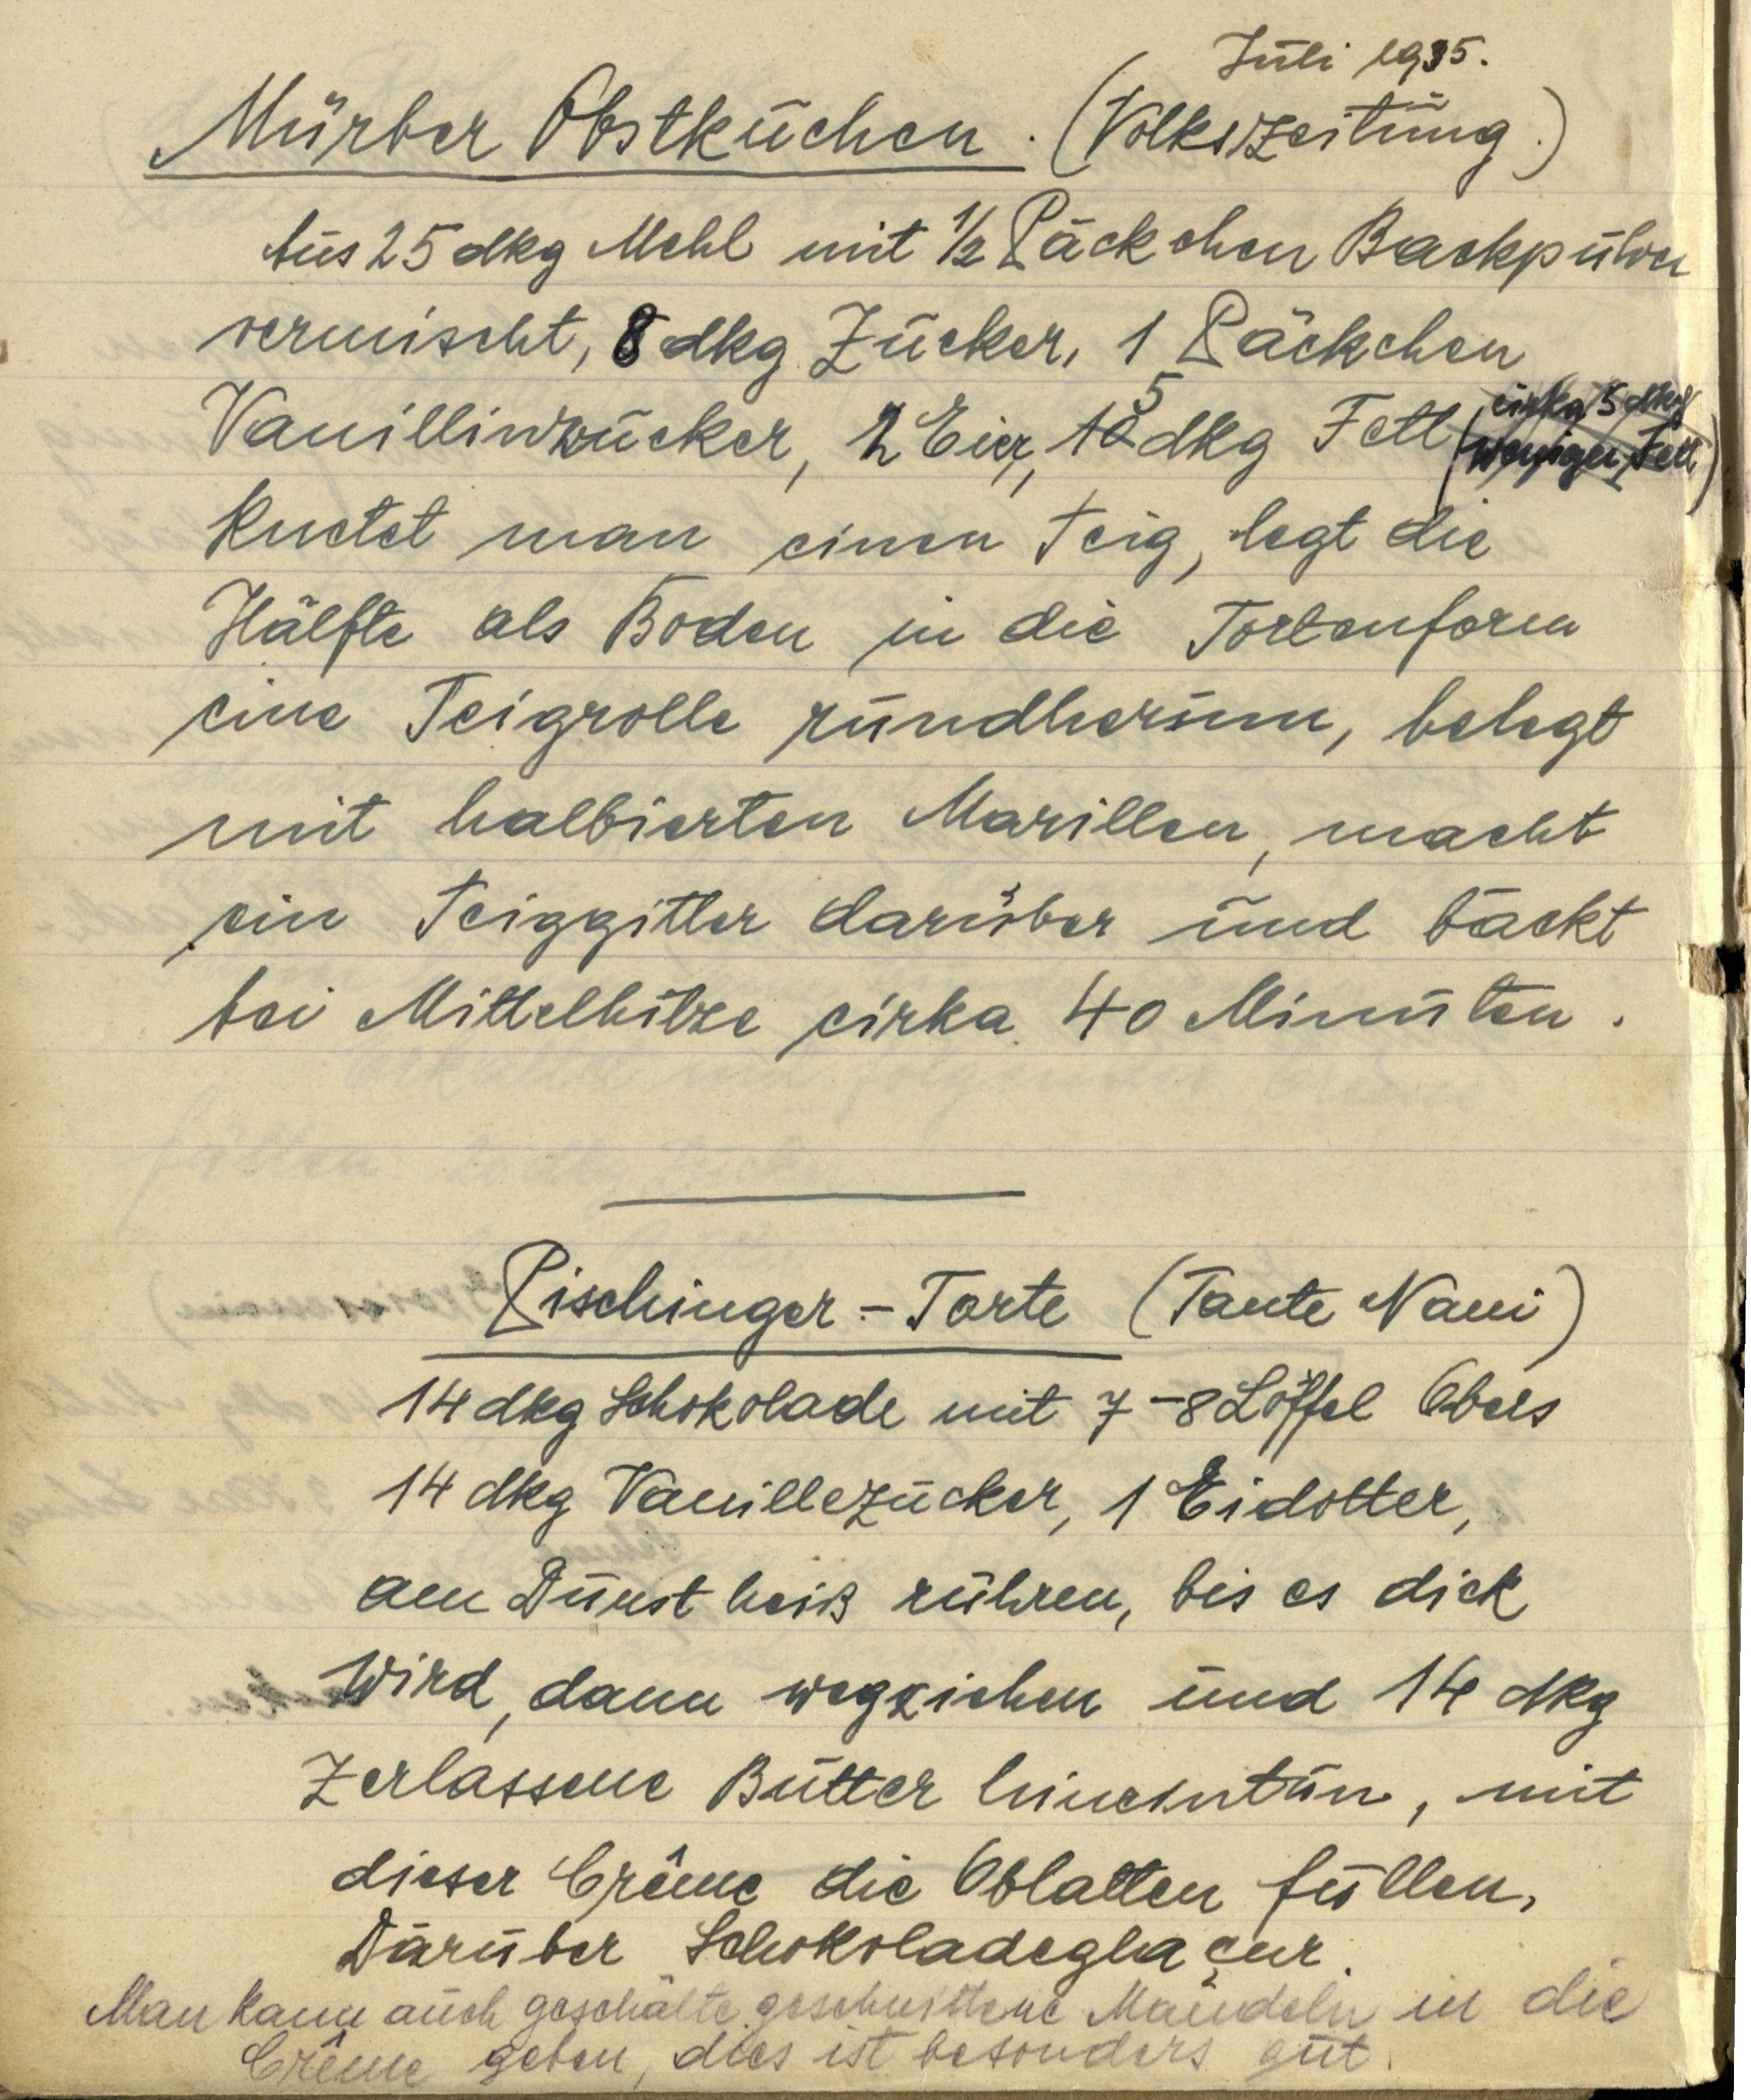
Juli 1935.
Mürber Obstkuchen. (Volkszeitung.)
Aus 25 dkg Mehl mit ½ Päckchen Backpulver
vermischt, 8 dkg Zucker, 1 Päckchen
Vanillinzucker, 2 Eier, 10 5 dkg Fett (weniger Fett cirka 5 dkg)
knetet man einen Teig, legt die
Hälfte als Boden in die Tortenform
eine Teigrolle rundherum, belegt
mit halbierten Marillen, macht
ein Teiggitter darüber und bäckt
bei Mittelhitze cirka 40 Minuten.

Pischinger — Torte (Tante Nani)
14 dkg Schokolade mit 7-8 Löffel Obers
14 dkg Vanillezucker, 1 Eidotter,
am Dunst heiß rühren, bis es dick
wird, dann wegziehen und 14 dkg
zerlassene Butter hineintun, mit
dieser Crême die Oblaten füllen,
Darüber Schokoladenglaçur.
Man kann auch geschälte geschnittene Mandeln in die
Crême geben, dies ist besonders gut.